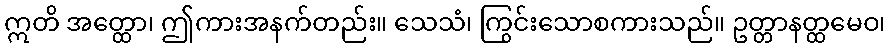
ဣတိ အတ္ထော၊ ဤကားအနက်တည်း။ သေသံ၊ ကြွင်းသောစကားသည်။ ဥတ္တာနတ္ထမေဝ၊